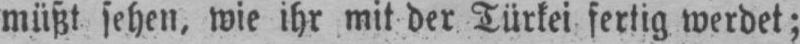
müßt sehen, wie ihr mit der Türkei fertig werdet;